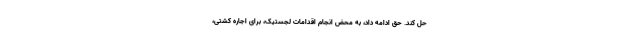
حل کند. حق ادامه داد، به محض انجام اقدامات لجستیک، برای اجاره کشتی،